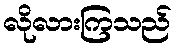
လိုလားကြသည်